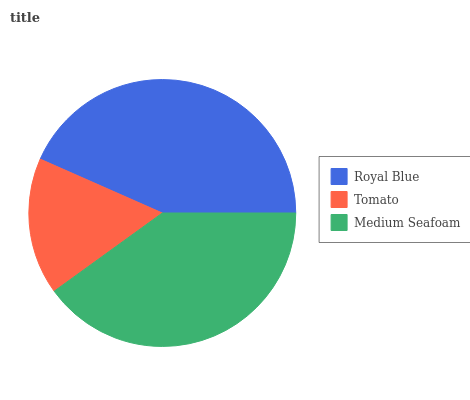
| Royal Blue | Tomato | Medium Seafoam |
 | --- | --- | --- |
 | 43.4% | 16.5% | 40.1% |